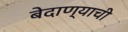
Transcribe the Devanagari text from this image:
बेदाण्याची